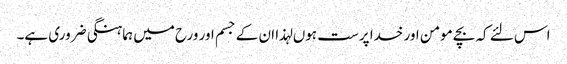
اس لئے کہ بچے مومن اور خدا پرست ہوں لہذا ان کے جسم اور ورح میں ہماہنگی ضروری ہے۔